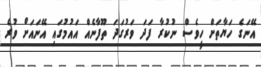
އޭނަގެ ހަޔާތަށް ހީވެސް ނުކުރާ ފަދަ ވަރުގަދަ ތޫފާނެއް އައުމުގައި އޭނައަށް ވުރެ